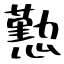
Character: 懃